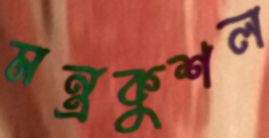
মন্ত্রকুশল